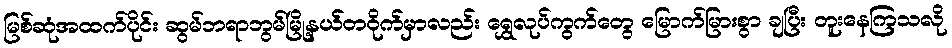
မြစ်ဆုံအထက်ပိုင်း ဆွမ်ဘရာဘွမ်မြို့နယ်တဝိုက်မှာလည်း ရွှေလုပ်ကွက်တွေ မြောက်မြားစွာ ချပြီး တူးနေကြသလို